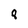
Character: 8